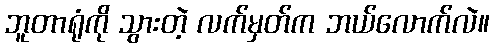
ဘူတာရုံကို သွားတဲ့ လက်မှတ်က ဘယ်လောက်လဲ။